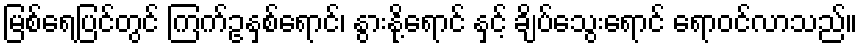
မြစ်ရေပြင်တွင် ကြက်ဥနှစ်ရောင်၊ နွားနို့ရောင် နှင့် ချိပ်သွေးရောင် ရောဝင်လာသည်။